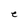
Character: e